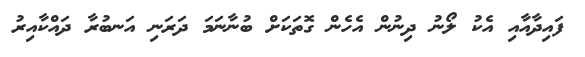
ފައިދާއާއި އެކު ލޯނު ދިނުން އެހެން ގޮތަކަށް ބުނާނަމަ ދަރަނި އަނބުރާ ދައްކާއިރު